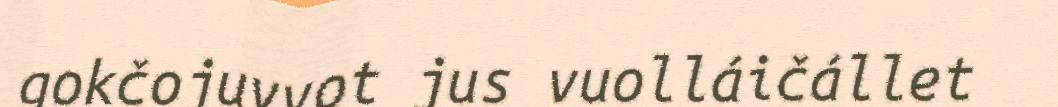
gokčojuvvot jus vuolláičállet